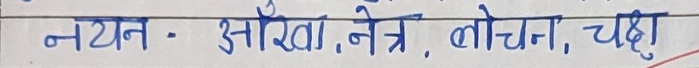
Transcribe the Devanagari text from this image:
नयन - आँखा, नेत्र, लोचन, चक्षु